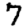
Digit: 7